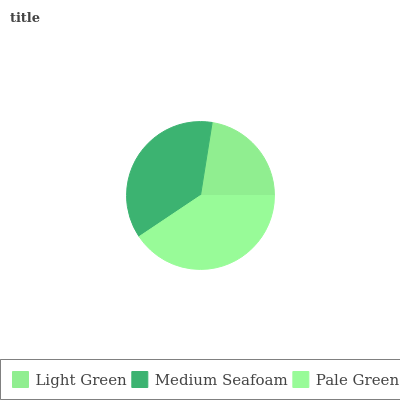
| Light Green | Medium Seafoam | Pale Green |
 | --- | --- | --- |
 | 22.5% | 36.9% | 40.6% |